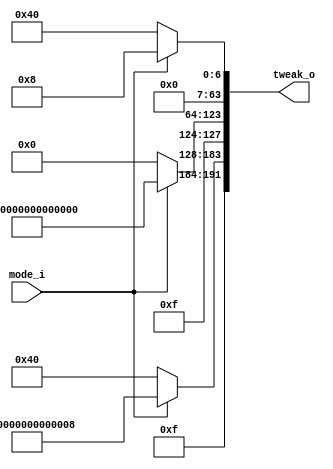
module tweak_select (
	input mode_i,
	output [191:0] tweak_o
    );
	 
reg [191:0] tweak;

assign tweak_o = tweak;

always @(*) begin
	if (mode_i == 1'b0) // Message Mode (Skein Whitepaper 3.5.1)
	begin
		tweak[63:0] = 64'd64;
		tweak[127:64] = 64'hF000000000000000;
		tweak[191:128] = 64'hF00000000000040; // XOR of last two words
	end
	else
	begin
		tweak[63:0] = 64'd8;
		tweak[127:64] = 64'hFF00000000000000;
		tweak[191:128] = 64'hFF0000000000008; // XOR of last two words
	end
end

endmodule